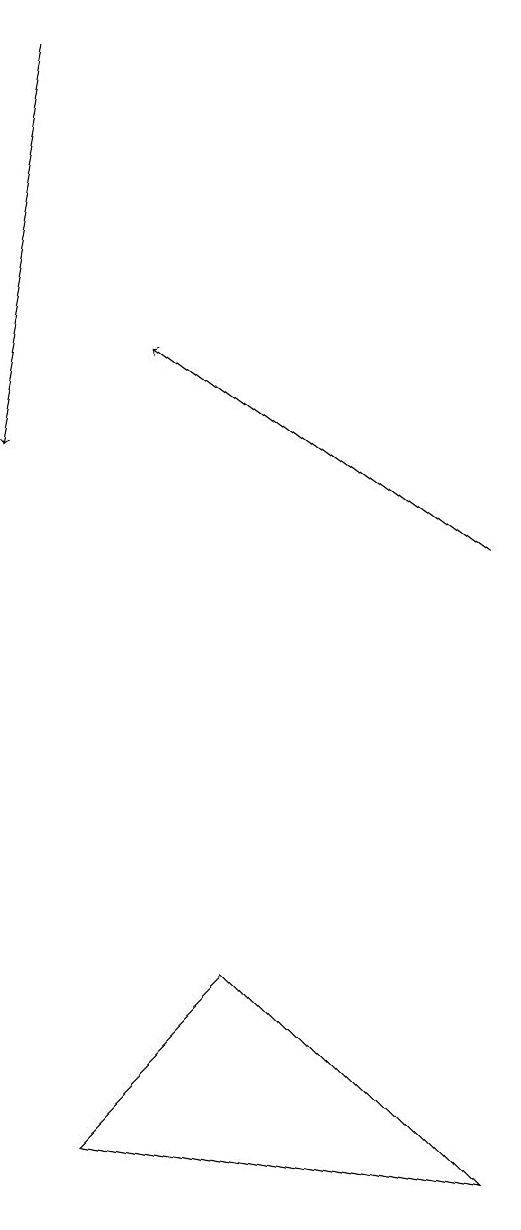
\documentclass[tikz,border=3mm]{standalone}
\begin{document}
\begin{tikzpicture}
\draw[->] (4,19) -- (3,14);
\draw[->] (9,12) -- (5,15);
\draw (8,4) -- (5,7) -- (3,5) -- cycle;
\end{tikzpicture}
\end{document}